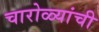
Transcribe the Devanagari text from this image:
चारोळ्यांची